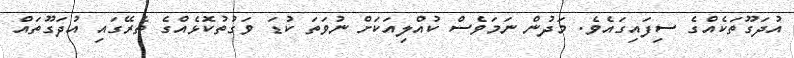
އުދަގޫތަކެއްގެ ސިފައިގައެވެ. މަދުން ނަމަވެސް ކުއްލިއަކަށް ނުވަތަ ކުޑަ ވަގުތުކޮޅެއްގެ ތެރޭގައި އުދަގޫތައް